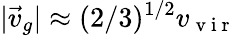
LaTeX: |\vec{v}_{g}|\approx(2/3)^{1/2}v_{\mathrm{~v~i~r~}}